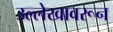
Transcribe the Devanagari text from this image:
उल्लेखावरून